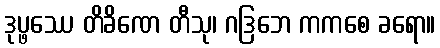
ဒုပ္ဖဿေ တိခိဏေ တီသု၊ ဂဒြဘေ ကကစေ ခရော။